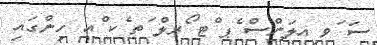
ސަ ަވ ިއލަންސް ެޕ ްޓ ޯރލް ަތ ެކ ްއ ހިންގައި